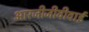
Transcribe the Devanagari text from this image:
आरजीजीवीवाई